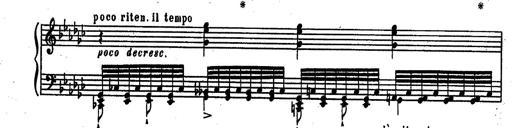
Title: RÃ©miniscences des Huguenots
Composer: Franz Liszt